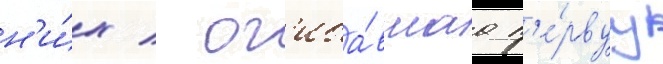
н'и́х / ог'иба́вшаа п'е́рвуу